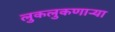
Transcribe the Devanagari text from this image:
लुकलुकणार्‍या